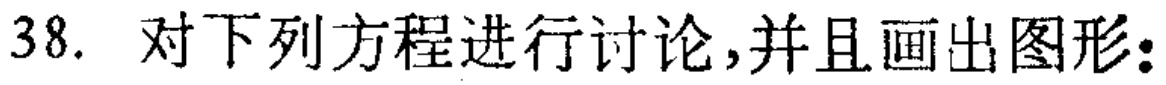
38. 对下列方程进行讨论,并且画出图形: